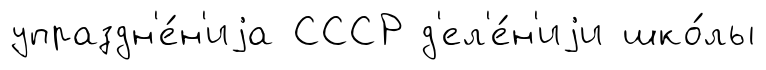
упраздн'е́н'иjа СССР д'ел'е́н'иjи шко́лы